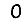
Digit: 0